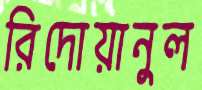
রিদোয়ানুল